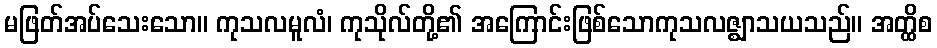
မဖြတ်အပ်သေးသော။ ကုသလမူလံ၊ ကုသိုလ်တို့၏ အကြောင်းဖြစ်သောကုသလဇ္ဈာသယသည်။ အတ္ထိစ